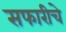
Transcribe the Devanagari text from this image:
सफारीचे